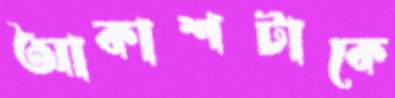
আকাশটাকে